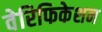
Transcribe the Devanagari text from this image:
वेरिफिकेशन